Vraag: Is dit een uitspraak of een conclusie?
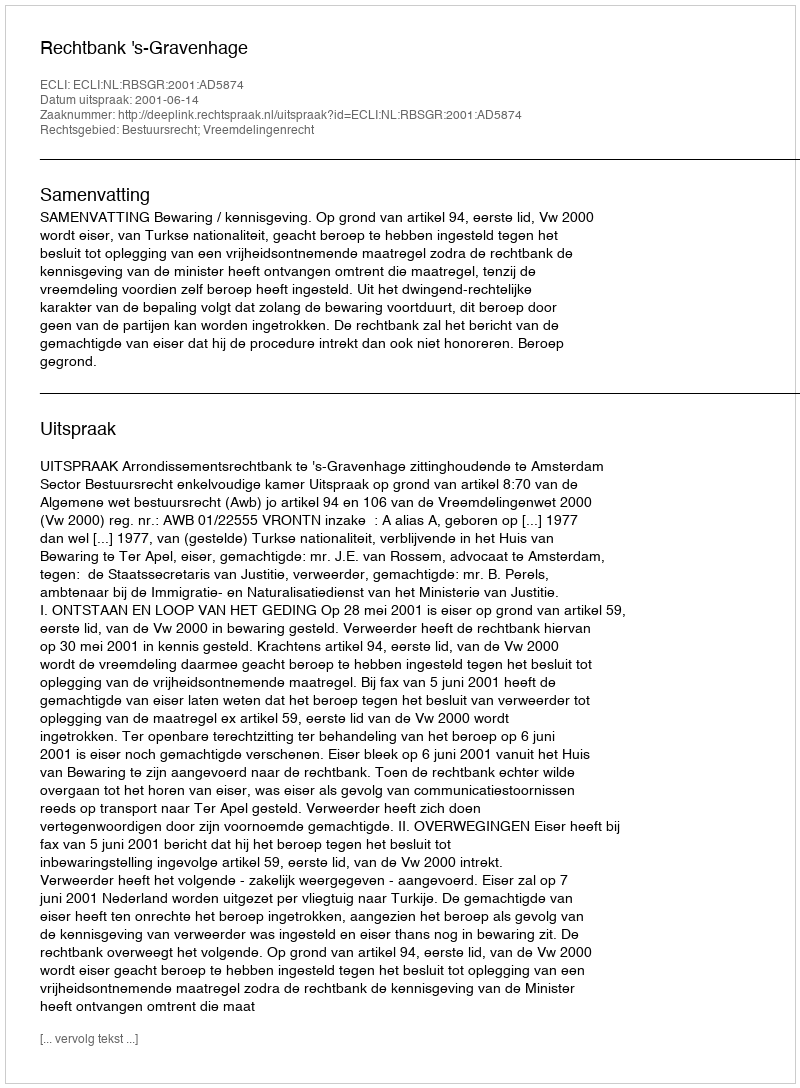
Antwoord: Uitspraak